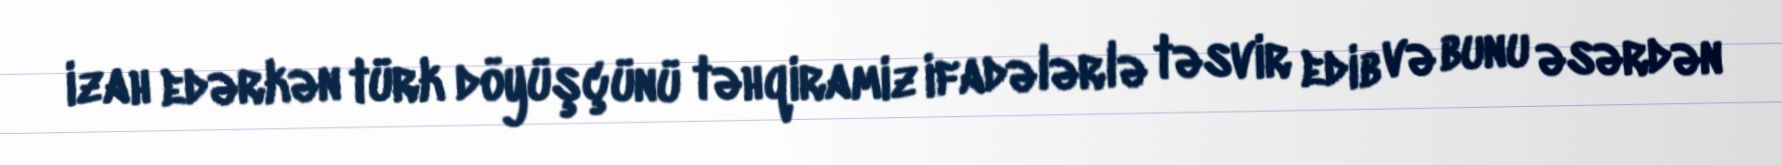
izah edərkən türk döyüşçünü təhqiramiz ifadələrlə təsvir edib və bunu əsərdən